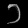
Digit: ၁